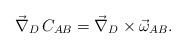
LaTeX: \begin{align*}\vec \nabla_D \,C_{AB}=\vec \nabla_D \times \vec \omega_{AB} .\end{align*}